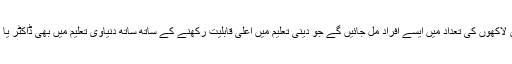
اس وقت آپ کو ہزاروں لاکھوں کی تعداد میں ایسے افراد مل جائیں گے جو دینی تعلیم میں اعلی قابلیت رکھنے کے ساتھ ساتھ دنیاوی تعلیم میں بھی ڈاکٹر یا اعلی تعلیم یافتہ ہو گے۔